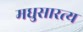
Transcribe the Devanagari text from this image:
मधुसारत्य